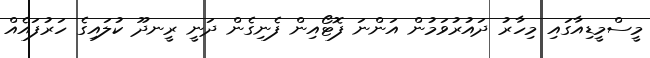
މީސްމީޑިއާގައި މިހާރު ދައުރުވަމުން އަންނަ ފޮޓޯއިން ފެނިގެން ދަނީ ރީނދޫ ކުލައިގެ ހަރުފައެއް